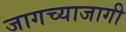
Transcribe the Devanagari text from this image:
जागच्याजागी